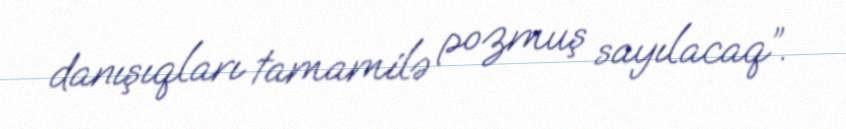
danışıqları tamamilə pozmuş sayılacaq”.